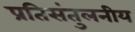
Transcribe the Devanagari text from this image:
प्रतिसंतुलनीय